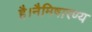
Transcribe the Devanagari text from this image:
है।नैमिषारण्य